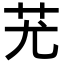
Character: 𦬓